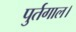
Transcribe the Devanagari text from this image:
पुर्तगाल।